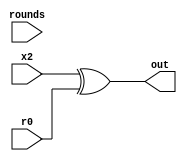
module roundconstant_0 (
    input   [63:0]  x2, r0,
    input   [4:0]   rounds,
    output  [63:0]  out 
);

    reg [63:0] out_buf;
    assign out = out_buf;

    always @(*) begin
        if(rounds == 6)
            out_buf = x2 ^ r0;
        else if(rounds == 8)
            out_buf = x2 ^ r0;
        else 
            out_buf = x2 ^ r0;
    end

endmodule

module roundconstant_1 (
    input   [63:0]  x2, r1,
    input   [4:0]   rounds,
    output  [63:0]  out 
);

    reg [63:0] out_buf;
    assign out = out_buf;

    always @(*) begin
        if(rounds == 6)
            out_buf = x2 ^ r1;
        else if(rounds == 8)
            out_buf = x2 ^ r1;
        else 
            out_buf = x2 ^ r1;
    end

endmodule

module roundconstant_2 (
    input   [63:0]  x2, r0, r1,
    input   [4:0]   ctr,
    input   [4:0]   rounds,
    output  [63:0]  out 
);

    reg [63:0] out_buf;
    assign out = out_buf;

    always @(*) begin
        if(rounds == 6)
            out_buf = x2 ^ r0 ^ r1 ^ (8'h96 - (ctr-1) * 15);
        else if(rounds == 8)
            out_buf = x2 ^ r0 ^ r1 ^ (8'hb4 - (ctr-1) * 15);
        else if(rounds == 12)
            out_buf = x2 ^ r0 ^ r1 ^ (8'hf0 - (ctr-1) * 15);
            
        // Testing with 1 round permutation
        else
            out_buf = x2 ^ r0 ^ r1 ^ (8'h4b - (ctr-1) * 15);
    end

endmodule